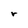
Character: r